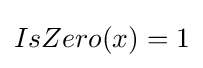
IsZero(x)=1